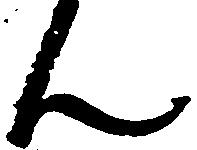
ん